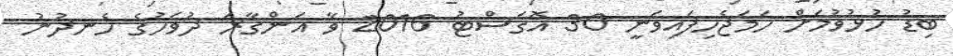
ބިޑު ހުޅުވުމަށް ހަމަޖެހިފައިވަނީ 30 އޮގަސްޓު 2016 ވާ އަންގާރަ ދުވަހުގެ ހެނދުނު